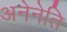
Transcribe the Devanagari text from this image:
अनेनेति